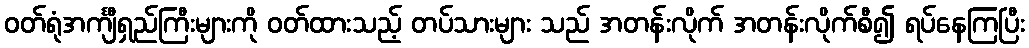
ဝတ်ရုံအင်္ကျီရှည်ကြီးများကို ဝတ်ထားသည့် တပ်သားများ သည် အတန်းလိုက် အတန်းလိုက်စီ၍ ရပ်နေကြပြီး